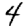
Digit: 4